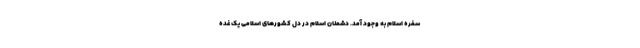
سفره اسلام به وجود آمد. دشمنان اسلام در دل کشورهای اسلامی یک غده